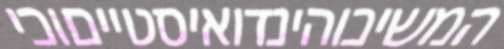
המשיכוהינדואיסטייםוכי